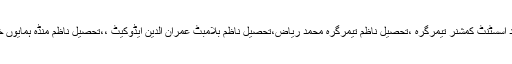
اس موقع پر ایڈیشنل ڈپٹی کمشنر ارشاد ،اے سی تیمرگرہ محمد ایاز مہمند اسسٹنٹ کمشنر تیمرگرہ ،تحصیل ناظم تیمرگرہ محمد ریاض،تحصیل ناظم بلامبٹ عمران الدین ایڈوکیٹ ،،تحصیل ناظم منڈہ ہمایوں خان ،اور دوسرے ڈسٹرکٹ کونسل مشران نے کثیر تعداد میں شرکت کی۔